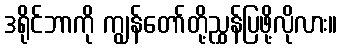
ဒရိုင်ဘာကို ကျွန်တော်တို့ညွှန်ပြဖို့လိုလား။